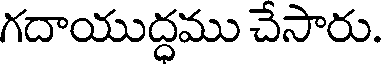
గదాయుద్ధము చేసారు.